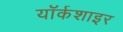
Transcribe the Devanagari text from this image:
यॉर्कशाइर